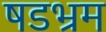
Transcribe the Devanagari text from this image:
षडभ्रम